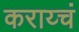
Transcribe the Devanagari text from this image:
कराय्चं